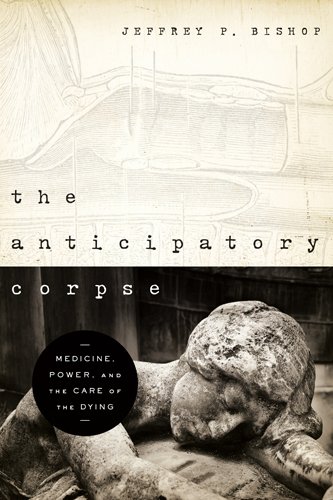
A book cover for The Anticipatory Corpse: Medicine, Power, and the Care of the Dying (ND Studies in Medical Ethics); Jeffrey P. Bishop; Self-Help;